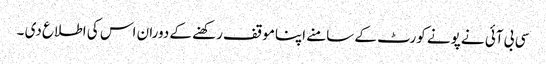
سی بی آئی نے پونے کورٹ کے سامنے اپناموقف رکھنے کے دوران اس کی اطلاع دی ۔